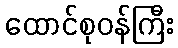
ထောင်စုဝန်ကြီး